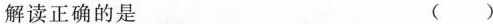
解读正确的是 ()